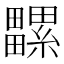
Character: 𤳻